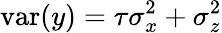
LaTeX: \mathrm{var}(y)=\tau\sigma_{x}^{2}+\sigma_{z}^{2}